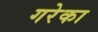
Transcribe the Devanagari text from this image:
गरेका